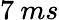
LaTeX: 7\: ms